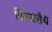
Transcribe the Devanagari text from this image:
फित्ज़रॉय